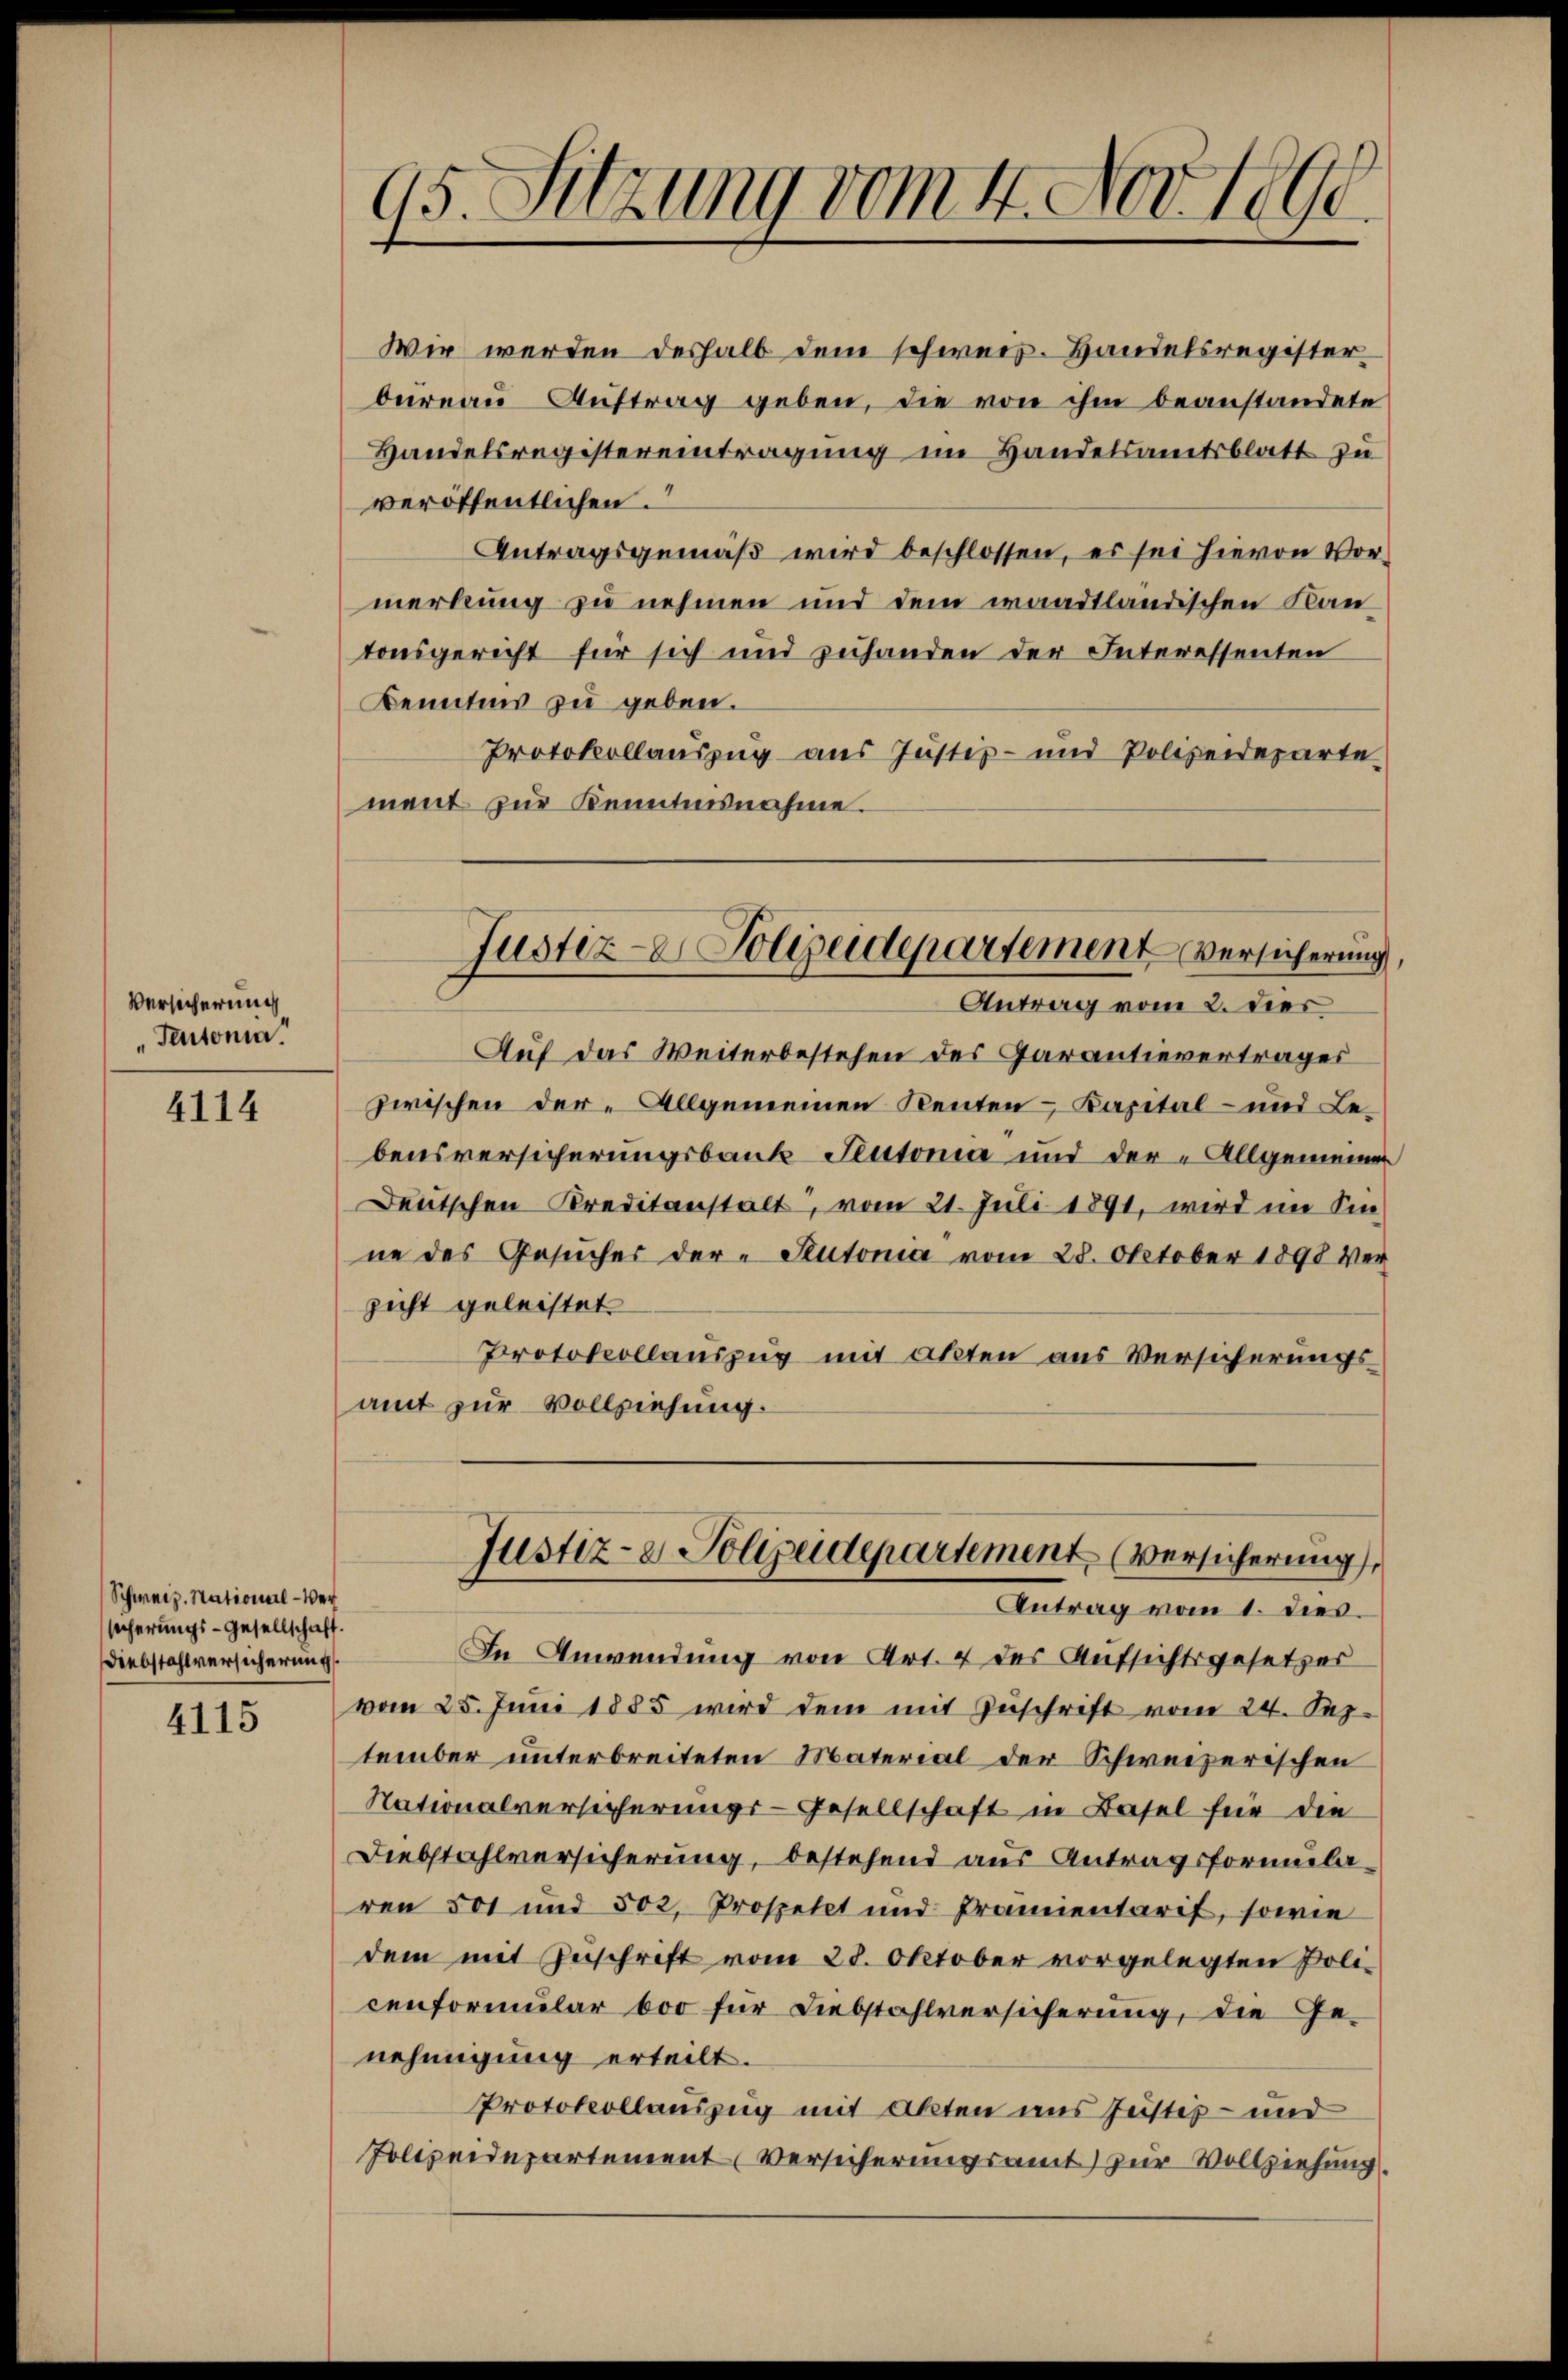
95. Sitzung vom 4. Nov. 1890

Wir werden deshalb dem schweiz. Handelsregister
bureau Auftrag geben, die von ihm beanstandete
Handelsregistereintragung im Handelsamtsblatt zu
veröffentlichen.
Antragsgemäß wird beschlossen, es sei hievon Vormerkung zu nehmen und dem waadtländischen Kan
tonsgericht für sich und zuhanden der Interessenten
Kenntnis zu geben.
Protokollauszug aus Justiz- und Polizeideparte
ment zur Kenntnisnahme.

Justiz-Polizeidepartement Versicherung,
Antrag vom 2. dies

Auf das Weiterbestehen des Garantievertrages
zwischen der Allgemeinen Renten Kapital- und Lebensversicherungsbank Peutonia und der Allgemeinen
Deutschen Kreditanstalt, vom 21. Juli 1891, wird im Sinne des Gesŭcher der " Stutoria vom 28. Oktober 1898 Ver-
zsicht geleistet
Protokollauszug mit akten aus Versicherungs
amt zur Vollziehung.

Versicherung
Teutonia.

4114

Justiz- & Polizeidepartement (Versicherung
Antrag vom 1. dies.

In Anwendung von Art. 4 des Aufsichtsgesetzer
vom 25. Jŭni 1885 wird dem mit Zŭschrift vom 24. Sep-
tember unterbreiteten Material der Schweizerischen
Nationalversicherungs-Gesellschaft in Basel für die
Diebstahlversicherung, bestehend aus Antragsformularen 501 und 502. Prospetet und Prämientaris, sowie
dem mit Zuschrift vom 28. Oktober vorgelegten Poli-
cenformular 600 für Liebstahlversicherung, die Ge-
nehmigung erteilt.
Protokollauszug mit Akten uns Justiz- und
Polizeidepartement Versicherungsamt zur Vollziehung.

Schweiz. National-Versicherungs-Gesellschaft.
Diebstahlversicherung.

4115